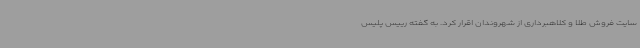
سایت فروش طلا و کلاهبرداری از شهروندان اقرار کرد. به گفته رییس پلیس